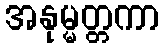
အနုမ္မတ္တကာ